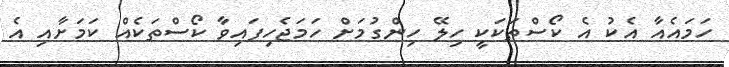
ހަމައެއާ އެކު އެ ކޯސްތަކަކީ ހިލޭ ހިންގުމަށް ހަމަޖެހިފައިވާ ކޯސްތަކެއް ކަމަށާއި އެ